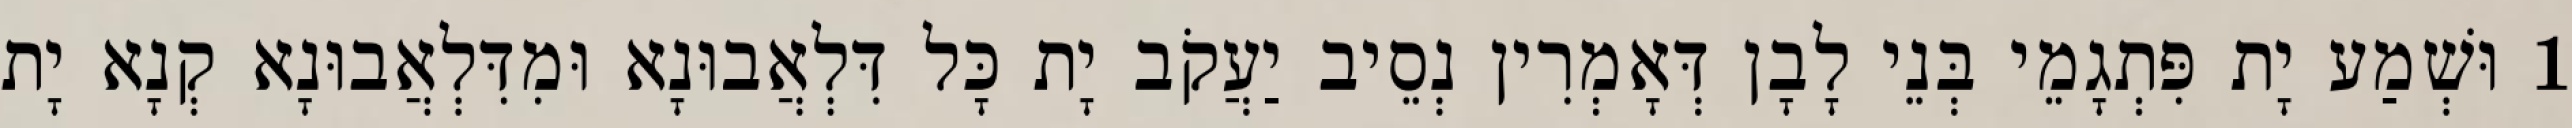
1 וּשְׁמַע יָת פִּתְגָמֵי בְּנֵי לָבָן דְּאָמְרִין נְסֵיב יַעֲקֹב יָת כָּל דִּלְאֲבוּנָא וּמִדִּלְאֲבוּנָא קְנָא יָת